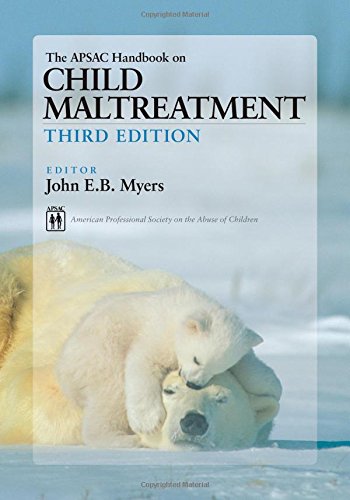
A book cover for The APSAC Handbook on Child Maltreatment; John E. B. Myers; Medical Books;